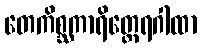
တေကိစ္ဆကာရိတ္ထေရဂါထာ